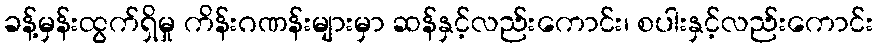
ခန့်မှန်းထွက်ရှိမှု ကိန်းဂဏန်းများမှာ ဆန်နှင့်လည်းကောင်း၊ စပါးနှင့်လည်းကောင်း